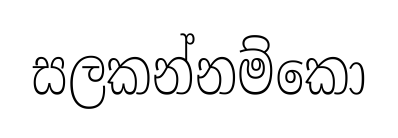
සලකන්නම්කො